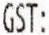
GST: